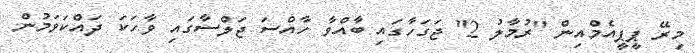
މިރޭ ޕީޕީއެމްއިން "ރުމާލު 2" ޖަގަހާގައި ބާއްވާ ހާއްސަ ޖަލްސާގައި ވާހަކަ ދައްކަވަމުން